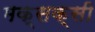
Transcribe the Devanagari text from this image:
मक्सक्सी